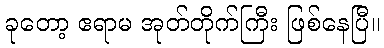
ခုတော့ ဧရာမ အုတ်တိုက်ကြီး ဖြစ်နေပြီ။